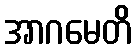
အာဂမေတိ